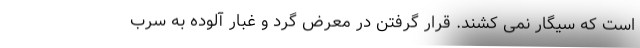
است که سیگار نمی کشند. قرار گرفتن در معرض گرد و غبار آلوده به سرب